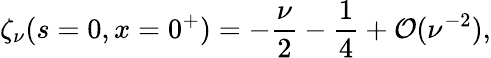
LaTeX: \zeta_{\nu}(s=0,x=0^{+})=\displaystyle{{{-\frac{\nu}{2}}-\frac{1}{4}}+{\cal O}(\nu^{-2})},